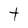
Character: t